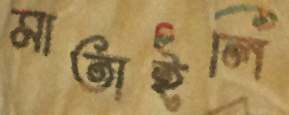
মাতাইলি